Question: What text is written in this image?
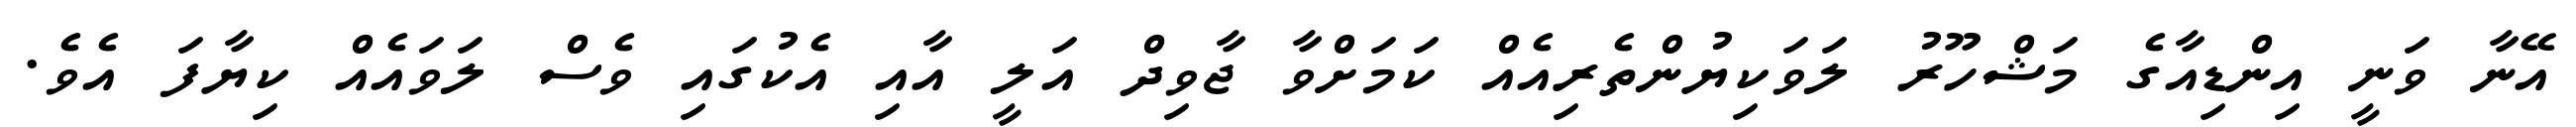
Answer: އޭނާ ވަނީ އިންޑިއާގެ މަޝްހޫރު ލަވަކިޔުންތެރިއެއް ކަމަށްވާ ޖާވިދް އަލީ އާއި އެކުގައި ވެސް ލަވައެއް ކިޔާފަ އެވެ.